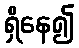
ရှိနေ၍